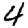
Digit: 4